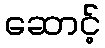
ဆောင့်